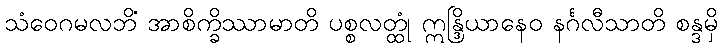
သံဝေဂမလဘိံ အာစိက္ခိဿာမာတိ ပစ္စလတ္ထုံ ဣန္ဒြိယာနေဝ နင်္ဂလီသာတိ စန္ဒမှိ